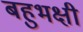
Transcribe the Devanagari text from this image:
बहुभक्षी